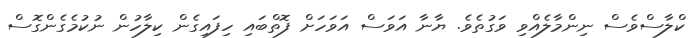
ކްލާސްވެސް ނިންމާލެއްވި ވަގުތެވެ. ޔާނާ އަވަސް އަވަހަށް ފޮތްބައި ހިފައިގެން ކިލާހުން ނުކުމެގެންގޮސް